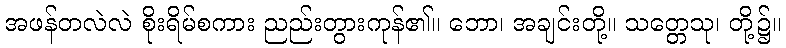
အဖန်တလဲလဲ စိုးရိမ်စကား ညည်းတွားကုန်၏။ ဘော၊ အချင်းတို့။ သတ္တေသု၊ တို့၌။